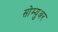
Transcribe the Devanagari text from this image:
सोम्युअर